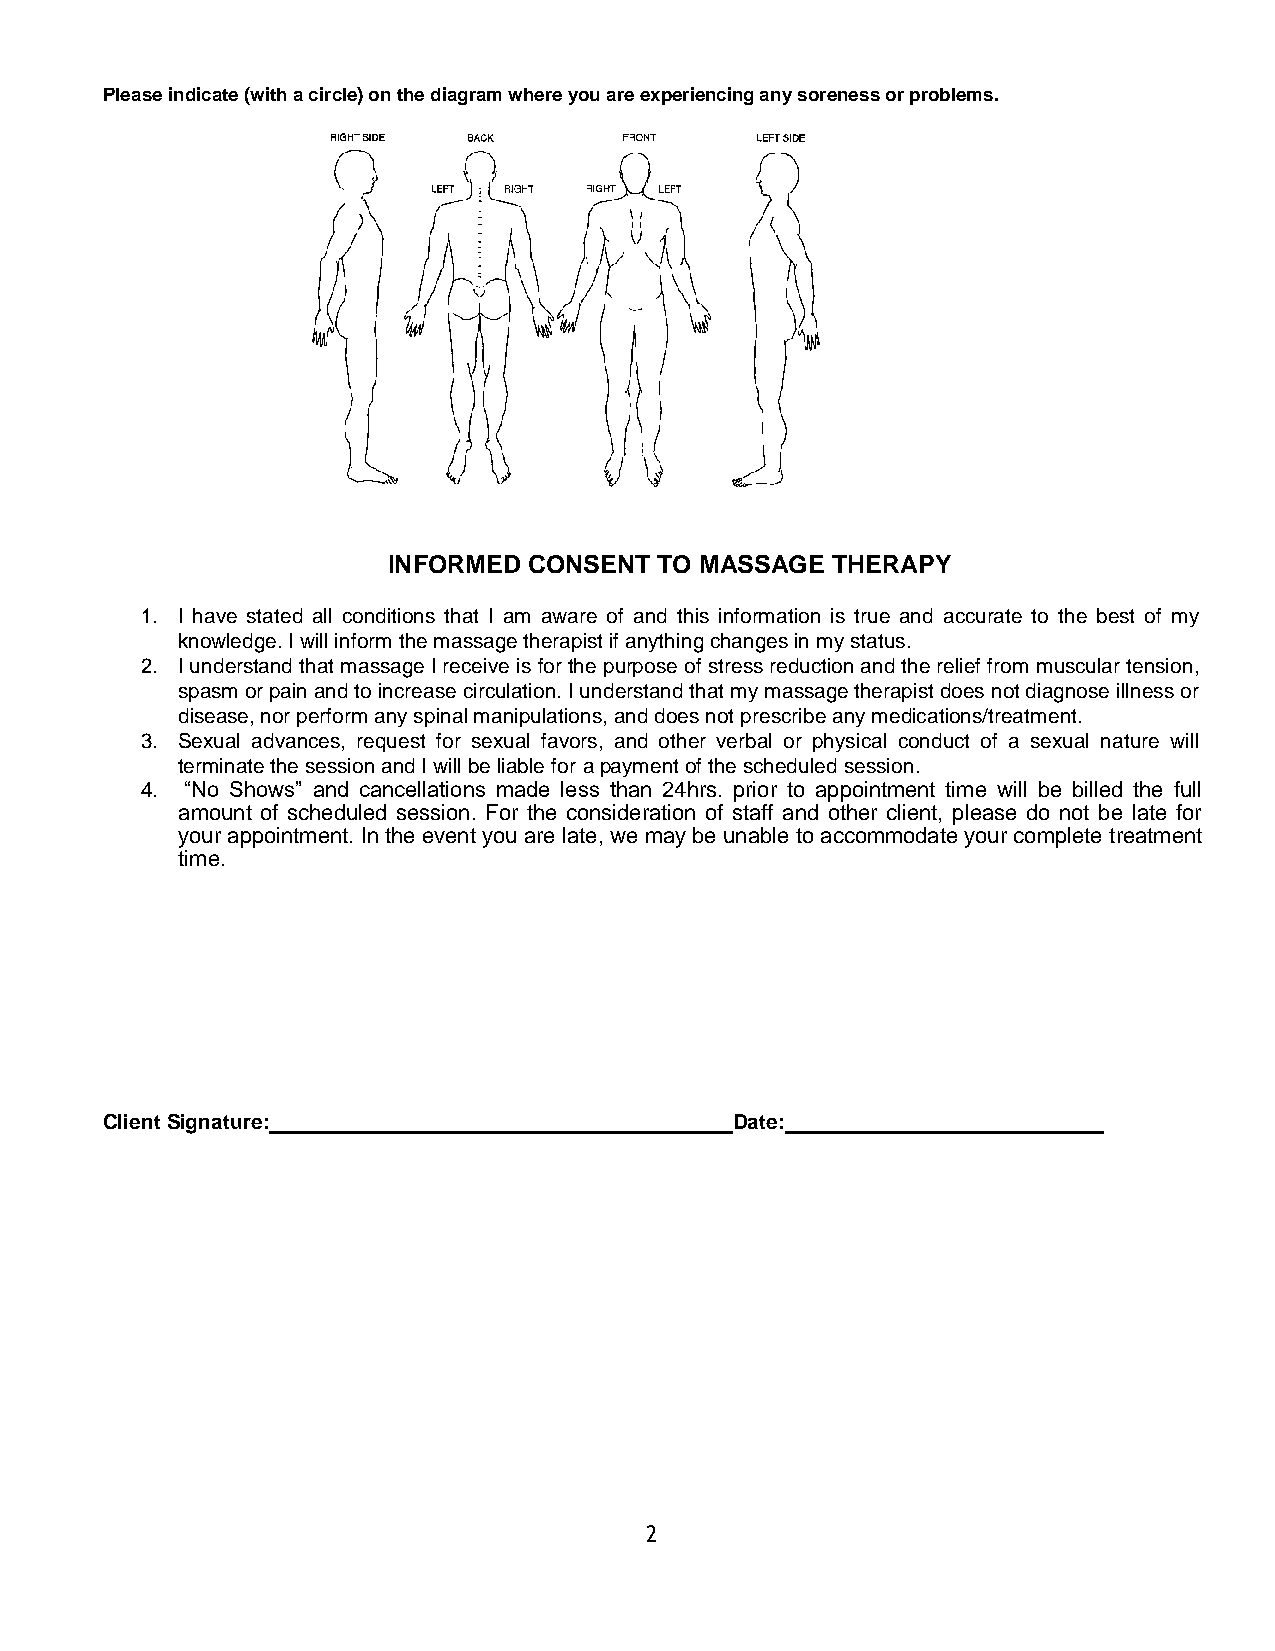
Please indicate (with a circle) on the diagram where you are experiencing any soreness or problems.
 INFORMED CONSENT TO MASSAGE  THERAPY
 1. I have stated all conditions that I am aware of and this information is true and accurate to the best of my
 knowledge. I will inform the massage therapist if anything changes in my status.
 2. I understand that massage I receive is for the purpose of stress reduction and the relief from muscular tension,
 spasm or pain and to increase circulation. I understand that my massage therapist does not diagnose illness or
 disease, nor perform any spinal manipulations, and does not prescribe any medications/treatment.
 3. Sexual advances, request for sexual favors, and other verbal or physical conduct of a sexual nature will
 terminate the session and I will be liable for a payment of the scheduled session.
 4. “No Shows” and cancellations made less than 24hrs. prior to appointment time will be billed the full
 amount of scheduled session. For the consideration of staff and other client, please do not be late for
 your appointment. In the event you are late, we may be unable to accommodate your complete treatment
 time.
 Client Signature:                         Date:
 2